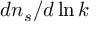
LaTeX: d n _ { s } / d \ln k